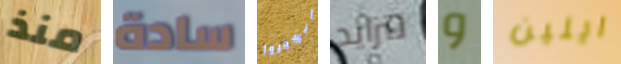
منذ سادة انسحبوا تتزايد و ايلين